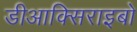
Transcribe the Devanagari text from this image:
डीआक्सिराइबो